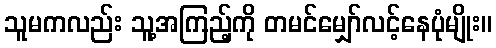
သူမကလည်း သူ့အကြည့်ကို တမင်မျှော်လင့်နေပုံမျိုး။